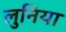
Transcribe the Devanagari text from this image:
लुनिया